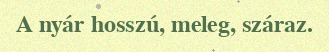
A nyár hosszú, meleg, száraz.